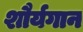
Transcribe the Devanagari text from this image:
शौर्यगान